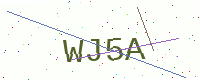
Text: WJ5A